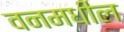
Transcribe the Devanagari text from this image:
वनमधील